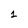
Character: 1